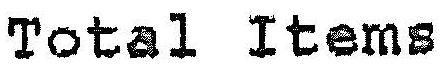
TOTAL ITEMS